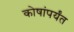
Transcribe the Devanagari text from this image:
कोषांपर्यंत